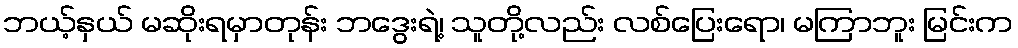
ဘယ့်နှယ် မဆိုးရမှာတုန်း ဘဒွေးရဲ့၊ သူတို့လည်း လစ်ပြေးရော၊ မကြာဘူး မြင်းက